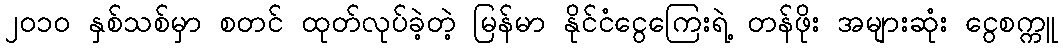
၂၀၁၀ နှစ်သစ်မှာ စတင် ထုတ်လုပ်ခဲ့တဲ့ မြန်မာ နိုင်ငံငွေကြေးရဲ့ တန်ဖိုး အများဆုံး ငွေစက္ကူ